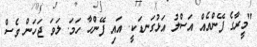
"މީރާގެ ފޭންއެއް އަސްލު އަޅުގަނޑަކީ. އައި ފޭންހާ ހަމަ. ލަވަ ޖަހަން ވެސް